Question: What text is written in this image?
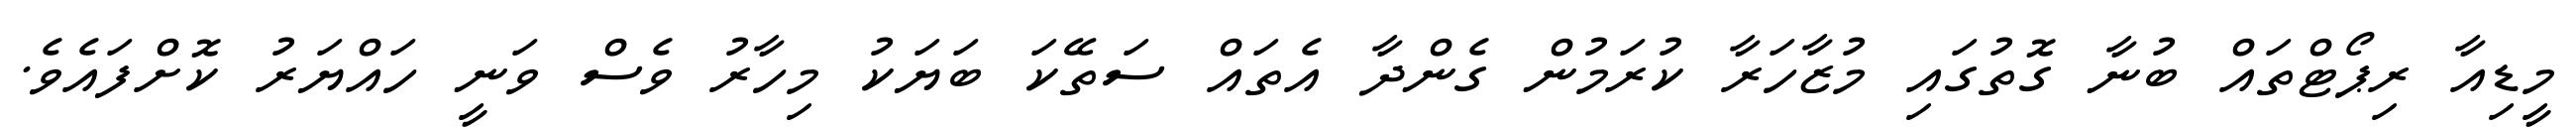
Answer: މީޑިއާ ރިޕޯޓްތައް ބުނާ ގޮތުގައި މުޒާހަރާ ކުރަމުން ގެންދާ އެތައް ސަތޭކަ ބަޔަކު މިހާރު ވެސް ވަނީ ހައްޔަރު ކޮށްފައެވެ.